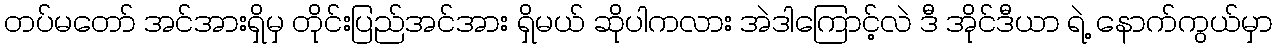
တပ်မတော် အင်အားရှိမှ တိုင်းပြည်အင်အား ရှိမယ် ဆိုပါကလား အဲဒါကြောင့်လဲ ဒီ အိုင်ဒီယာ ရဲ့ နောက်ကွယ်မှာ